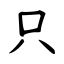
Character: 只